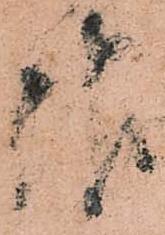
報